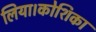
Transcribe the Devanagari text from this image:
लिया।कोशिका